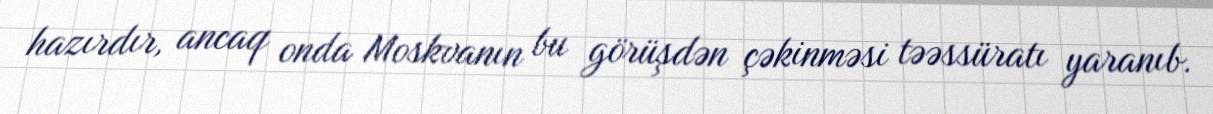
hazırdır, ancaq onda Moskvanın bu görüşdən çəkinməsi təəssüratı yaranıb.